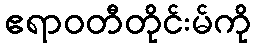
ဧရာဝတီတိုင်းမ်ကို